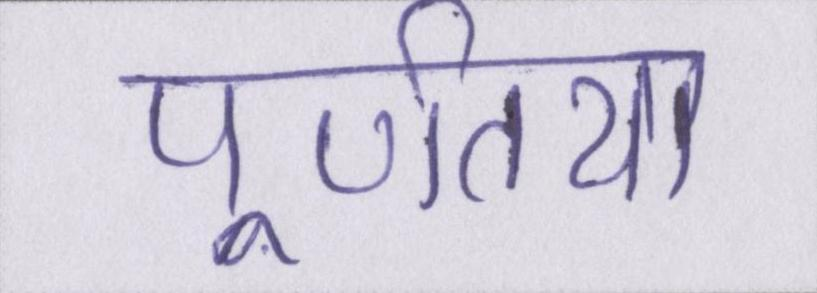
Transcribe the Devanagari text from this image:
पूर्णतया